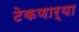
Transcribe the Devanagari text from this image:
टेकणार्‍या